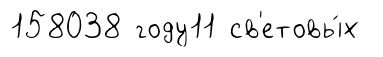
158038 году11 св'етовы́х